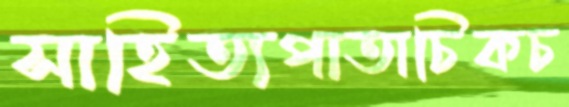
সাহিত্যপাতাচিকচ